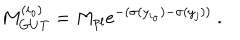
M _ { G U T } ^ { ( i _ { o } ) } = M _ { p l } e ^ { - ( \sigma ( y _ { i _ { o } } ) - \sigma ( y _ { j } ) ) } ~ . ~ \,